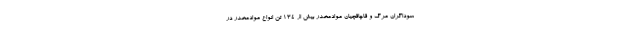
سوداگران مرگ و قاچاقچیان موادمخدر بیش از 134 تن انواع موادمخدر در